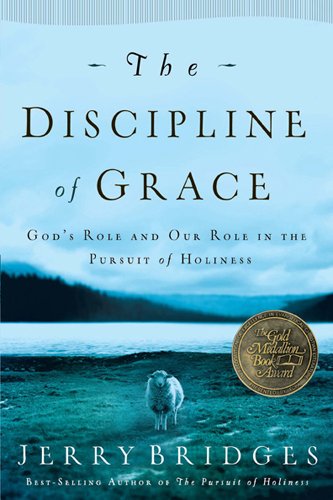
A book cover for The Discipline of Grace: God's Role and Our Role in the Pursuit of Holiness; Jerry Bridges; Christian Books & Bibles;